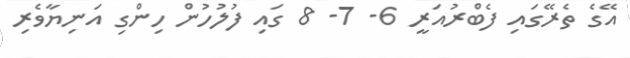
އޭގެ ތެރޭގައި ފެބްރުއަރީ 6- 7- 8 ގައި ފުލުހުން ހިންގި އަނިޔާވެރި